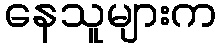
နေသူများက